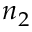
n _ { 2 }